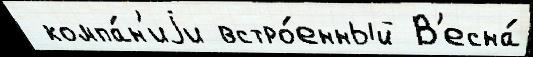
 компа́н'иjи встро́енный В'есна́